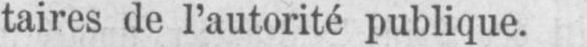
taires de l’autorité publique.